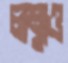
লম্বাও